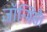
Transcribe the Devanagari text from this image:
जॉन्मिसै।